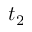
t _ { 2 }